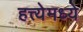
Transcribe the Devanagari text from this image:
हत्त्येमध्ये